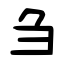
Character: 刍